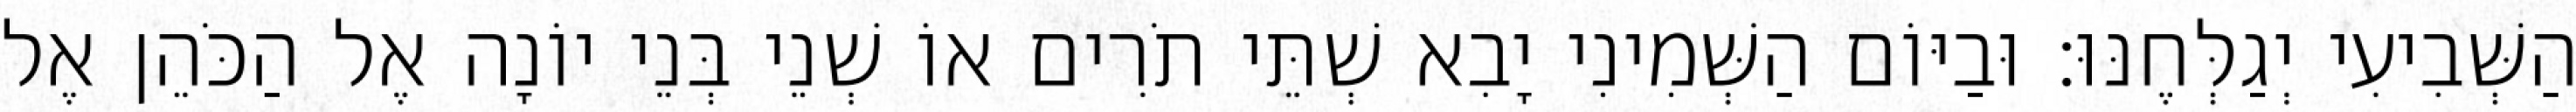
הַשְּׁבִיעִי יְגַלְּחֶנּוּ׃ וּבַיּוֹם הַשְּׁמִינִי יָבִא שְׁתֵּי תֹרִים אוֹ שְׁנֵי בְּנֵי יוֹנָה אֶל הַכֹּהֵן אֶל